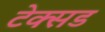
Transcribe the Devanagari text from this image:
टेक्सड